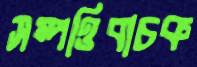
সম্পত্তিবাচক